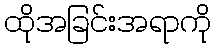
ထိုအခြင်းအရာကို